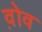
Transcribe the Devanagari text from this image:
व़ोव